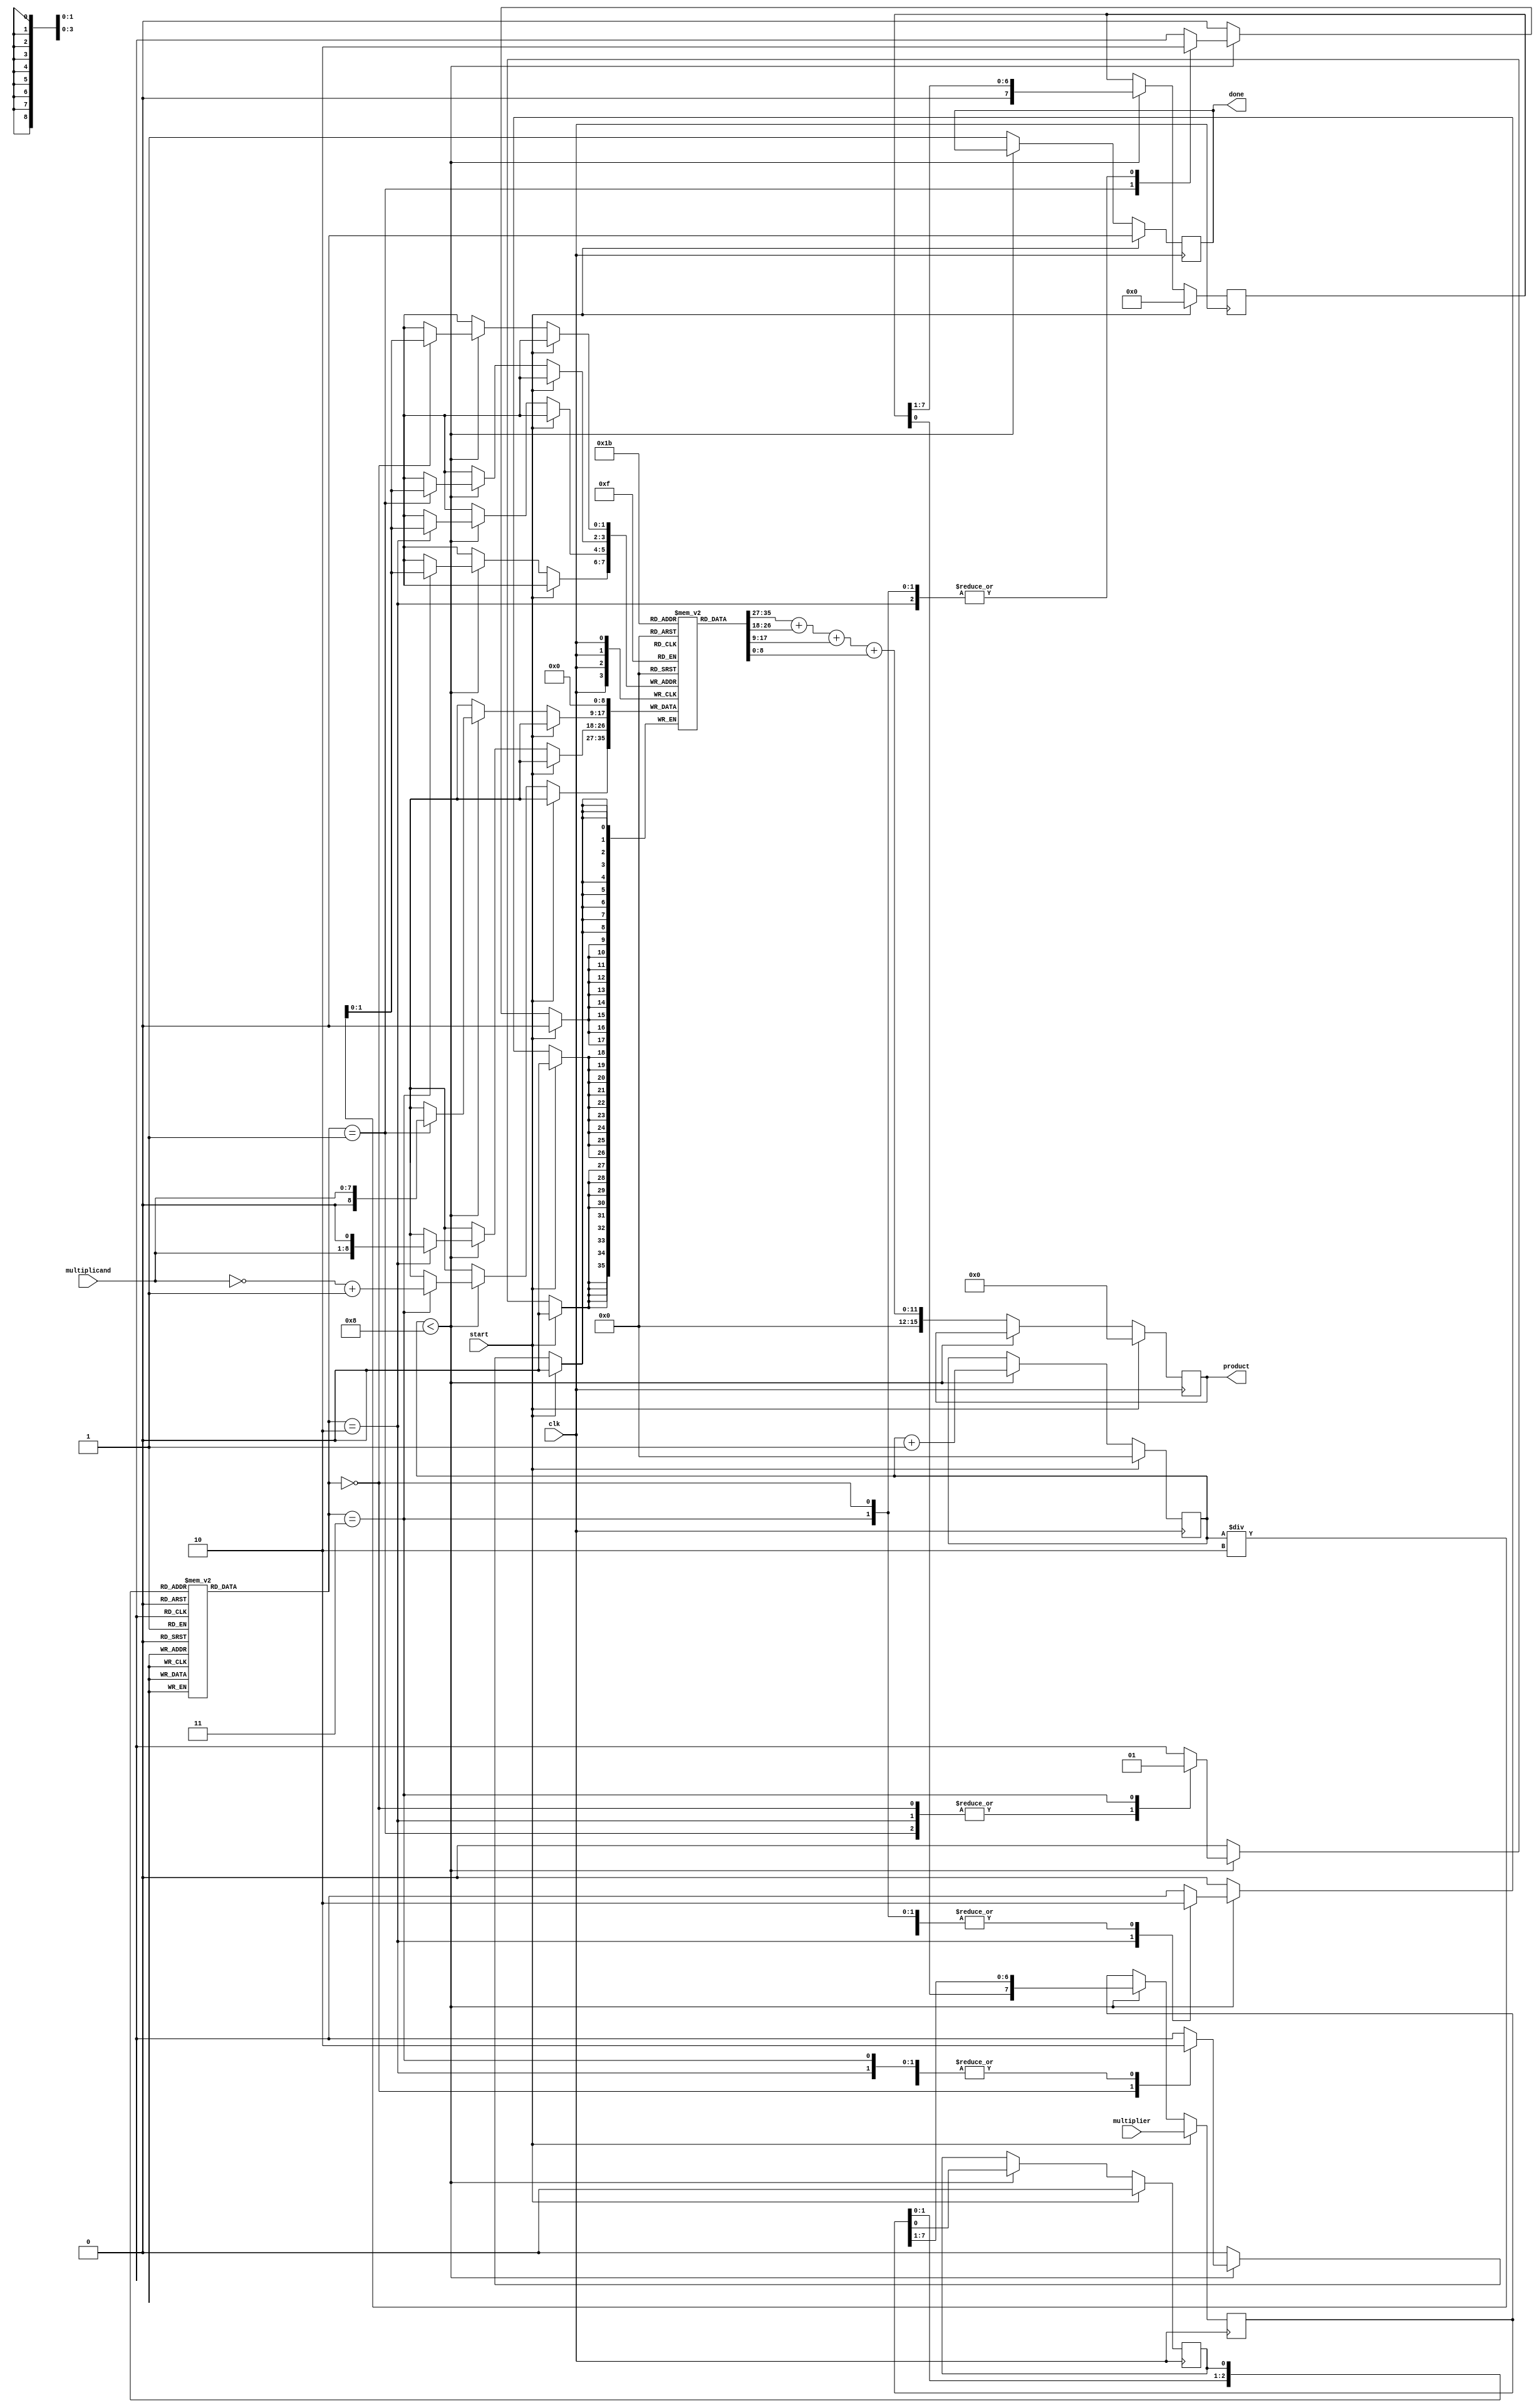
module radix4_multiplier (
    input  wire [7:0] multiplicand,  // 8-bit multiplicand
    input  wire [7:0] multiplier,     // 8-bit multiplier
    input  wire clk,                  // Clock signal
    input  wire start,                // Start signal
    output reg [15:0] product,        // 16-bit product
    output reg done                   // Done signal
);

    reg [8:0] pp[0:3];                // Partial products (4 entries for Radix-4)
    reg [3:0] count;                  // Count for iterations
    reg [1:0] booth_encoded;          // Encoded value for Radix-4
    reg [7:0] A, Q;                   // A: Accumulator, Q: Multiplier
    reg Q_1;                          // Previous Q bit

    // Booth Encoder
    always @(*) begin
        case ({Q[1:0], Q_1}) // Combine last two bits of Q and previous Q_1
            3'b000: booth_encoded = 2'b00; // 0
            3'b001: booth_encoded = 2'b01; // +1
            3'b010: booth_encoded = 2'b01; // +1
            3'b011: booth_encoded = 2'b10; // +2
            3'b100: booth_encoded = 2'b10; // -2
            3'b101: booth_encoded = 2'b11; // -1
            3'b110: booth_encoded = 2'b11; // -1
            3'b111: booth_encoded = 2'b00; // 0
            default: booth_encoded = 2'b00; // default case
        endcase
    end

    // Partial Product Generation and Accumulation
    always @(posedge clk) begin
        if (start) begin
            // Initialize values
            A <= 0;
            Q <= multiplier;
            Q_1 <= 0;
            count <= 0;
            product <= 0;
            done <= 0;
        end else if (count < 8) begin
            case (booth_encoded)
                2'b00: pp[count/2] <= 0;                    // 0
                2'b01: pp[count/2] <= multiplicand;         // +1
                2'b10: pp[count/2] <= multiplicand << 1;    // +2
                2'b11: pp[count/2] <= ~multiplicand + 1;    // -1 (two's complement)
            endcase

            // Shift right A and Q
            {A, Q} <= {A, Q} >> 1;
            Q_1 <= Q[0];
            count <= count + 1;
        end else begin
            // Summing up the partial products
            product <= pp[0] + pp[1] + pp[2] + pp[3];
            done <= 1; // Indicate completion
        end
    end

endmodule